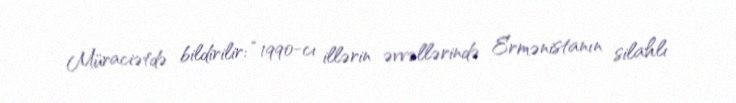
Müraciətdə bildirilir: “1990-cı illərin əvvəllərində Ermənistanın silahlı